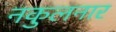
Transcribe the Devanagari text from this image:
नकुलनार